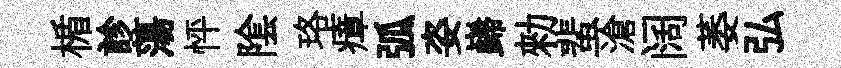
楯診蕩怦隂珞瘴弧姿巋勑蜚滄阔萎弘